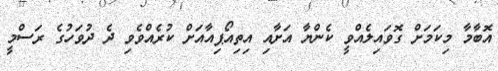
އޮބާމާ މިކަމަށް ގޮވައިލެއްވީ ކެންޔާ އަށާއި އިތިއޯޕިއާއަށް ކުރެއްވެވި ދެ ދުވަހުގެ ރަސްމީ